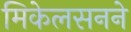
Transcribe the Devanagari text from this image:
मिकेलसनने